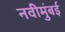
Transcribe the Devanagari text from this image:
नवीमुंबई